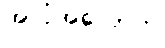
အလုံအလောက်